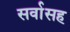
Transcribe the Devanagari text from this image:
सर्वासह